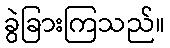
ခွဲခြားကြသည်။